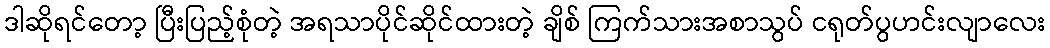
ဒါဆိုရင်တော့ ပြီးပြည့်စုံတဲ့ အရသာပိုင်ဆိုင်ထားတဲ့ ချိစ် ကြက်သားအစာသွပ် ငရုတ်ပွဟင်းလျာလေး